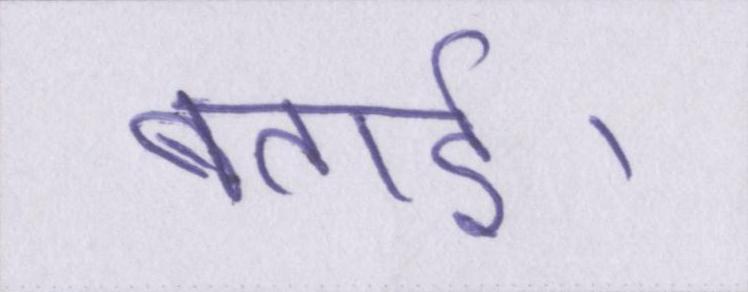
बताई।